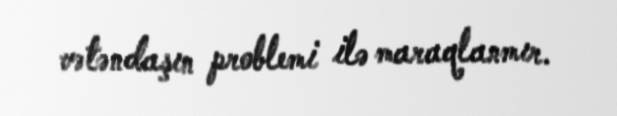
vətəndaşın problemi ilə maraqlanmır.